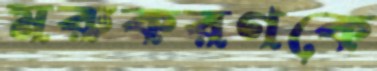
মরুকরণকে